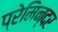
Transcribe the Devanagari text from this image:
प्रेमिन्दर